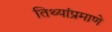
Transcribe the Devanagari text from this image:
तिथ्यांप्रमाणे